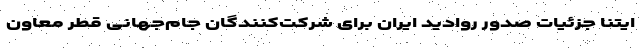
ایتنا جزئیات صدور روادید ایران برای شرکت‌کنندگان جام‌جهانی قطر معاون